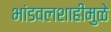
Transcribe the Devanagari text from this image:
भांडवलशाहीमुळे